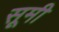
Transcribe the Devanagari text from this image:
सूमी